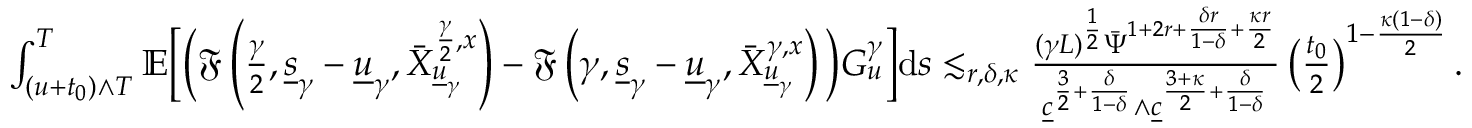
\begin{array} { r } { \int _ { ( u + t _ { 0 } ) \wedge T } ^ { T } \mathbb { E } \Big [ \Big ( \mathfrak { F } \left( \frac { \gamma } { 2 } , \underline { { s } } _ { \gamma } - \underline { { u } } _ { \gamma } , \bar { X } _ { \underline { { u } } _ { \gamma } } ^ { \frac { \gamma } { 2 } , x } \right) - \mathfrak { F } \left( { \gamma } , \underline { { s } } _ { \gamma } - \underline { { u } } _ { \gamma } , \bar { X } _ { \underline { { u } } _ { \gamma } } ^ { \gamma , x } \right) \Big ) G _ { u } ^ { \gamma } \Big ] \mathrm { d } s \lesssim _ { r , \delta , \kappa } \frac { ( \gamma L ) ^ { \frac { 1 } { 2 } } \bar { \Psi } ^ { 1 + 2 r + \frac { \delta r } { 1 - \delta } + \frac { \kappa r } { 2 } } } { \underline { { c } } ^ { \frac { 3 } { 2 } + \frac { \delta } { 1 - \delta } } \wedge \underline { { c } } ^ { \frac { 3 + \kappa } { 2 } + \frac { \delta } { 1 - \delta } } } \left( \frac { t _ { 0 } } { 2 } \right) ^ { 1 - \frac { \kappa ( 1 - \delta ) } { 2 } } . } \end{array}